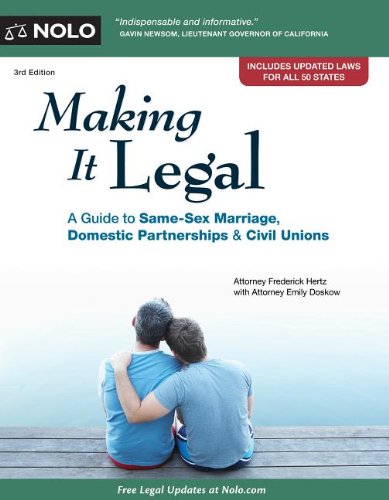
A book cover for Making It Legal: A Guide to Same-Sex Marriage, Domestic Partnerships & Civil Unions; Frederick Hertz; Law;